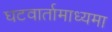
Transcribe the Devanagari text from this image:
घटवार्तामाध्यमा